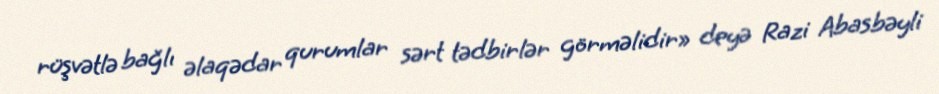
rüşvətlə bağlı əlaqədar qurumlar sərt tədbirlər görməlidir» deyə Razi Abasbəyli